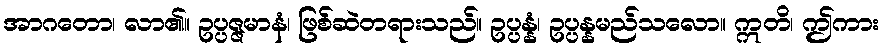
အာဂတော၊ လာ၏။ ဥပ္ပဇ္ဇမာနံ၊ ဖြစ်ဆဲတရားသည်။ ဥပ္ပန္နံ၊ ဥပ္ပန္နမည်သလော။ ဣတိ၊ ဤကား